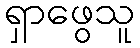
ရှာဖွေသူ